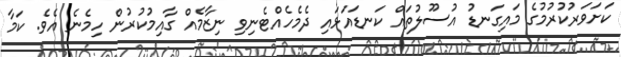
ކަށަވަރުކުރުމުގެ މައިގަނޑު އުސޫލުތައް ކަނޑައަޅައި ދެމެހެއްޓެނިވި ނިޒާމެއް ގާއިމުކުރުން ހިމެނެ އެވެ. ކަމާ